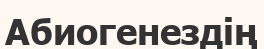
Абиогенездің